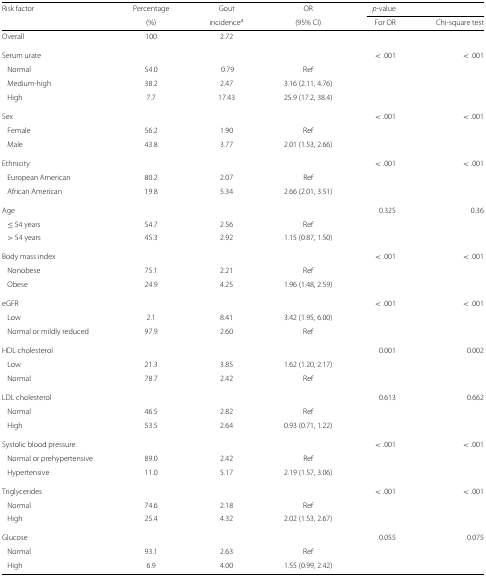
<table><thead><tr><td><b>Risk factor</b></td><td><b>Percentage</b></td><td><b>Gout</b></td><td><b>OR</b></td><td><b><i>p</i>-value</b></td><td></td></tr><tr><td></td><td><b>(%)</b></td><td><b>incidence<sup>a</sup></b></td><td><b>(95% CI)</b></td><td><b>For OR</b></td><td><b>Chi-square test</b></td></tr></thead><tbody><tr><td>Overall</td><td>100</td><td>2.72</td><td></td><td></td><td></td></tr><tr><td>Serum urate</td><td></td><td></td><td></td><td>&lt;.001</td><td>&lt;.001</td></tr><tr><td>Normal</td><td>54.0</td><td>0.79</td><td>Ref</td><td></td><td></td></tr><tr><td>Medium-high</td><td>38.2</td><td>2.47</td><td>3.16 (2.11, 4.76)</td><td></td><td></td></tr><tr><td>High</td><td>7.7</td><td>17.43</td><td>25.9 (17.2, 38.4)</td><td></td><td></td></tr><tr><td>Sex</td><td></td><td></td><td></td><td>&lt;.001</td><td>&lt;.001</td></tr><tr><td>Female</td><td>56.2</td><td>1.90</td><td>Ref</td><td></td><td></td></tr><tr><td>Male</td><td>43.8</td><td>3.77</td><td>2.01 (1.53, 2.66)</td><td></td><td></td></tr><tr><td>Ethnicity</td><td></td><td></td><td></td><td>&lt;.001</td><td>&lt;.001</td></tr><tr><td>European American</td><td>80.2</td><td>2.07</td><td>Ref</td><td></td><td></td></tr><tr><td>African American</td><td>19.8</td><td>5.34</td><td>2.66 (2.01, 3.51)</td><td></td><td></td></tr><tr><td>Age</td><td></td><td></td><td></td><td>0.325</td><td>0.36</td></tr><tr><td>≤ 54 years</td><td>54.7</td><td>2.56</td><td>Ref</td><td></td><td></td></tr><tr><td>&gt; 54 years</td><td>45.3</td><td>2.92</td><td>1.15 (0.87, 1.50)</td><td></td><td></td></tr><tr><td>Body mass index</td><td></td><td></td><td></td><td>&lt;.001</td><td>&lt;.001</td></tr><tr><td>Nonobese</td><td>75.1</td><td>2.21</td><td>Ref</td><td></td><td></td></tr><tr><td>Obese</td><td>24.9</td><td>4.25</td><td>1.96 (1.48, 2.59)</td><td></td><td></td></tr><tr><td>eGFR</td><td></td><td></td><td></td><td>&lt;.001</td><td>&lt;.001</td></tr><tr><td>Low</td><td>2.1</td><td>8.41</td><td>3.42 (1.95, 6.00)</td><td></td><td></td></tr><tr><td>Normal or mildly reduced</td><td>97.9</td><td>2.60</td><td>Ref</td><td></td><td></td></tr><tr><td>HDL cholesterol</td><td></td><td></td><td></td><td>0.001</td><td>0.002</td></tr><tr><td>Low</td><td>21.3</td><td>3.85</td><td>1.62 (1.20, 2.17)</td><td></td><td></td></tr><tr><td>Normal</td><td>78.7</td><td>2.42</td><td>Ref</td><td></td><td></td></tr><tr><td>LDL cholesterol</td><td></td><td></td><td></td><td>0.613</td><td>0.662</td></tr><tr><td>Normal</td><td>46.5</td><td>2.82</td><td>Ref</td><td></td><td></td></tr><tr><td>High</td><td>53.5</td><td>2.64</td><td>0.93 (0.71, 1.22)</td><td></td><td></td></tr><tr><td>Systolic blood pressure</td><td></td><td></td><td></td><td>&lt;.001</td><td>&lt;.001</td></tr><tr><td>Normal or prehypertensive</td><td>89.0</td><td>2.42</td><td>Ref</td><td></td><td></td></tr><tr><td>Hypertensive</td><td>11.0</td><td>5.17</td><td>2.19 (1.57, 3.06)</td><td></td><td></td></tr><tr><td>Triglycerides</td><td></td><td></td><td></td><td>&lt;.001</td><td>&lt;.001</td></tr><tr><td>Normal</td><td>74.6</td><td>2.18</td><td>Ref</td><td></td><td></td></tr><tr><td>High</td><td>25.4</td><td>4.32</td><td>2.02 (1.53, 2.67)</td><td></td><td></td></tr><tr><td>Glucose</td><td></td><td></td><td></td><td>0.055</td><td>0.075</td></tr><tr><td>Normal</td><td>93.1</td><td>2.63</td><td>Ref</td><td></td><td></td></tr><tr><td>High</td><td>6.9</td><td>4.00</td><td>1.55 (0.99, 2.42)</td><td></td><td></td></tr></tbody></table>